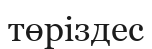
төріздес